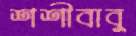
শশীবাবু